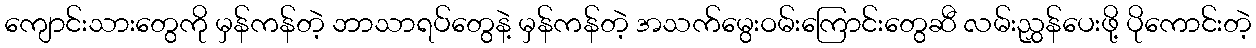
ကျောင်းသားတွေကို မှန်ကန်တဲ့ ဘာသာရပ်တွေနဲ့ မှန်ကန်တဲ့ အသက်မွေးဝမ်းကြောင်းတွေဆီ လမ်းညွှန်ပေးဖို့ ပိုကောင်းတဲ့